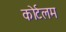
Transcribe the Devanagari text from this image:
कोर्टलम